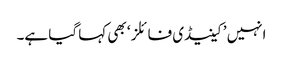
انہیں ’کینیڈی فائلز‘ بھی کہا گیا ہے۔